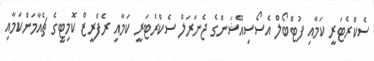
ސެކްރެޓަރީ ކަމާއި ފުޓްބޯލް އެސޯސިއޭޝަންގެ ޖެނަރަލް ސެކްރެޓަރީ ކަމާއި ރެފްރީޒް ކޮމިޓީގެ ޗެއާމަންކަމާއި